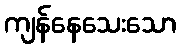
ကျန်နေသေးသော